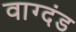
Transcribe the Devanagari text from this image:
वाग्दंड